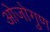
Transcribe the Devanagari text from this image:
ओजोगुण